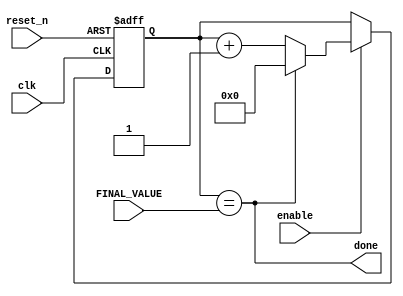
`timescale 1ns / 1ps
//////////////////////////////////////////////////////////////////////////////////
// Company: 
// Engineer: 
// 
// Design Name: 
// Module Name: timer_input
// Project Name: 
// Target Devices: 
// Tool Versions: 
// Description: 
// 
// Dependencies: 
// 
// Revision:
// Revision 0.01 - File Created
// Additional Comments:
// 
//////////////////////////////////////////////////////////////////////////////////


module timer_input
    #(parameter BITS = 4)(
    input clk,
    input reset_n,
    input enable,
    input [BITS - 1:0] FINAL_VALUE,
//    output [BITS - 1:0] Q,
    output done
    );
    
    reg [BITS - 1:0] Q_reg, Q_next;
    
    always @(posedge clk, negedge reset_n)
    begin
        if (~reset_n)
            Q_reg <= 'b0;
        else if(enable)
            Q_reg <= Q_next;
        else
            Q_reg <= Q_reg;
    end
    
    // Next state logic
    assign done = Q_reg == FINAL_VALUE;

    always @(*)
        Q_next = done? 'b0: Q_reg + 1;
    
    
endmodule